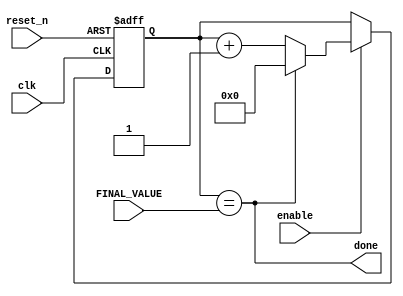
`timescale 1ns / 1ps
//////////////////////////////////////////////////////////////////////////////////
// Company: 
// Engineer: 
// 
// Design Name: 
// Module Name: timer_input
// Project Name: 
// Target Devices: 
// Tool Versions: 
// Description: 
// 
// Dependencies: 
// 
// Revision:
// Revision 0.01 - File Created
// Additional Comments:
// 
//////////////////////////////////////////////////////////////////////////////////


module timer_input
    #(parameter BITS = 4)(
    input clk,
    input reset_n,
    input enable,
    input [BITS - 1:0] FINAL_VALUE,
//    output [BITS - 1:0] Q,
    output done
    );
    
    reg [BITS - 1:0] Q_reg, Q_next;
    
    always @(posedge clk, negedge reset_n)
    begin
        if (~reset_n)
            Q_reg <= 'b0;
        else if(enable)
            Q_reg <= Q_next;
        else
            Q_reg <= Q_reg;
    end
    
    // Next state logic
    assign done = Q_reg == FINAL_VALUE;

    always @(*)
        Q_next = done? 'b0: Q_reg + 1;
    
    
endmodule